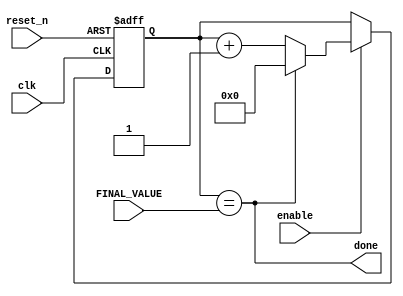
`timescale 1ns / 1ps
//////////////////////////////////////////////////////////////////////////////////
// Company: 
// Engineer: 
// 
// Design Name: 
// Module Name: timer_input
// Project Name: 
// Target Devices: 
// Tool Versions: 
// Description: 
// 
// Dependencies: 
// 
// Revision:
// Revision 0.01 - File Created
// Additional Comments:
// 
//////////////////////////////////////////////////////////////////////////////////


module timer_input
    #(parameter BITS = 4)(
    input clk,
    input reset_n,
    input enable,
    input [BITS - 1:0] FINAL_VALUE,
//    output [BITS - 1:0] Q,
    output done
    );
    
    reg [BITS - 1:0] Q_reg, Q_next;
    
    always @(posedge clk, negedge reset_n)
    begin
        if (~reset_n)
            Q_reg <= 'b0;
        else if(enable)
            Q_reg <= Q_next;
        else
            Q_reg <= Q_reg;
    end
    
    // Next state logic
    assign done = Q_reg == FINAL_VALUE;

    always @(*)
        Q_next = done? 'b0: Q_reg + 1;
    
    
endmodule